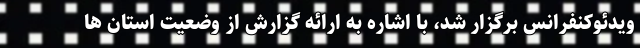
ویدئوکنفرانس برگزار شد، با اشاره به ارائه گزارش از وضعیت استان ها